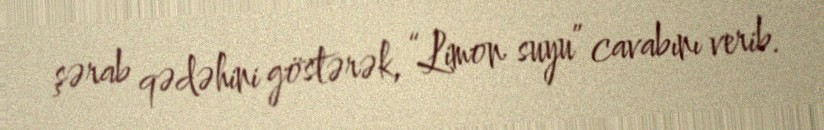
şərab qədəhini göstərək, “Limon suyu” cavabını verib.